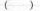
()